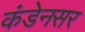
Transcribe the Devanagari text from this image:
कंडेनसर